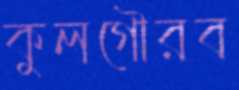
কুলগৌরব